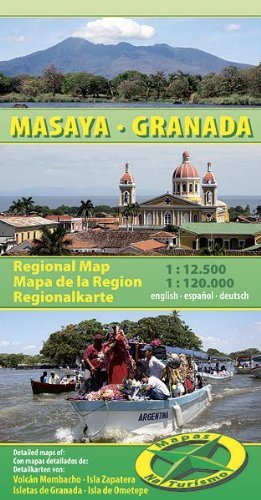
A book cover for Masaya - Granada Naturismo Nicaragua: MNAT.040; Travel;